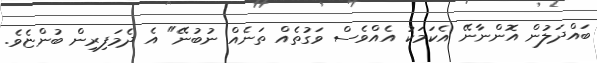
ބައްދަލުުން އޮންނާނޭ އެކަމަކު އެއްވެސް ވަގުތެއް ތަނެއް ނުބުނޭ" އެ ދެމަފިރިން ބުންޏެވެ.